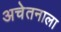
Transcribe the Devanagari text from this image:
अचेतनाला